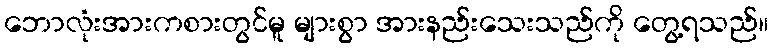
ဘောလုံးအားကစားတွင်မူ များစွာ အားနည်းသေးသည်ကို တွေ့ရသည်။